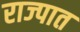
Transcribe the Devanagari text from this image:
राज्पात